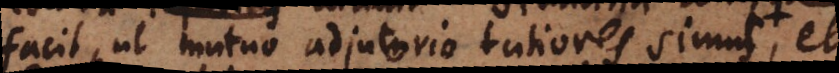
facit, ut mutuo adjutorio tutiores simus, e